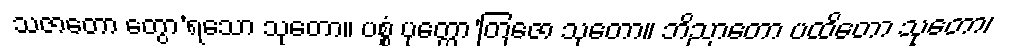
သဇာတော တွော’ရသော သုတော။ ပစ္စံ ပုတ္တော’တြဇော သုတော။ ဘိညာတော ပထိတော သုတော၊